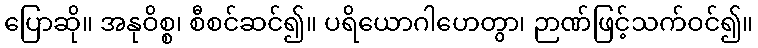
ပြောဆို။ အနုဝိစ္စ၊ စီစင်ဆင်၍။ ပရိယောဂါဟေတွာ၊ ဉာဏ်ဖြင့်သက်ဝင်၍။